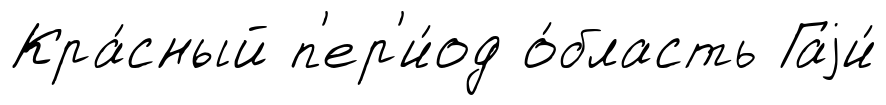
Кра́сный п'ер'и́од о́бласть Гаjи́